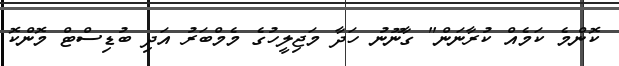
ކޮންމެ ކަމެއް ކުރާނަން" ގާނޫނު ހަދާ މަޖިލީހުގެ މެމްބަރު އަދި ބުޑިސްޓް މޮންކޮ